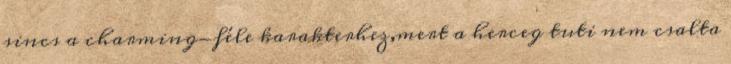
sincs a charming-féle karakterhez,mert a herceg tuti nem csalta